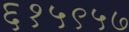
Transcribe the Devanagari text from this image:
६१५९५७